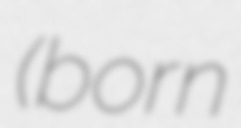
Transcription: (born